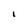
Character: 1